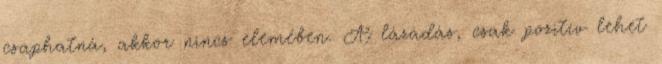
csaphatná, akkor nincs elemében. A lázadás, csak pozitív lehet